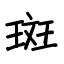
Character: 斑